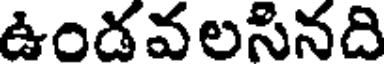
ఉండవలసినది